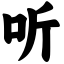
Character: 听